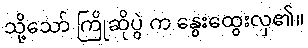
သို့သော် ကြိုဆိုပွဲ က နွေးထွေးလှ၏။